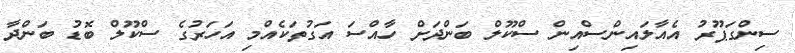
ސިންގަޕޫރު އެއާލައިންސްއިން ސްކޫލް ބަންދަށް ހާއްސަ އަގުތަކެއްމި އަހަރުގެ ސްކޫލް ބޮޑު ބަންދާ